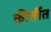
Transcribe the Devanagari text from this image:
कीर्तीत